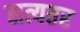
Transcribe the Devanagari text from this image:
सत्यतर